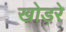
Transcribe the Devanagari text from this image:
खोड़रे